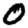
Digit: 0